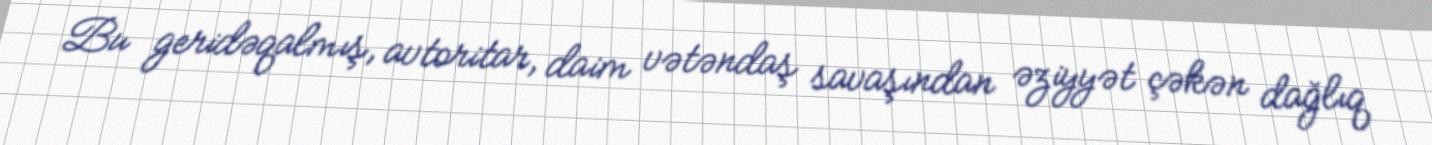
Bu geridəqalmış, avtoritar, daim vətəndaş savaşından əziyyət çəkən dağlıq